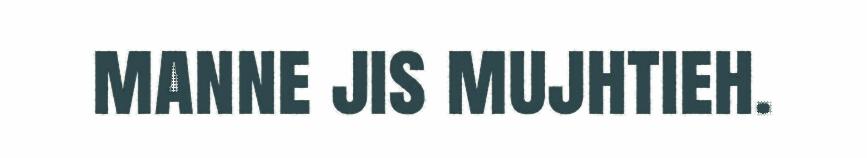
manne jis mujhtieh.